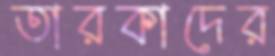
তারকাদের